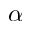
\alpha